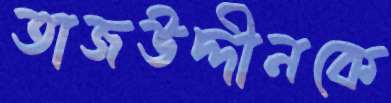
তাজউদ্দীনকে